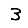
Digit: 3